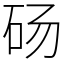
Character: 砀